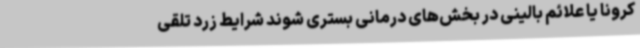
کرونا یا علائم بالینی در بخش‌های درمانی بستری شوند شرایط زرد تلقی